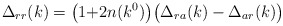
\begin{align*} \Delta_{rr}(k)=\bigl(1{+}2n(k^0)\bigr) \bigl(\Delta_{ra}(k)-\Delta_{ar}(k)\bigr)\end{align*}